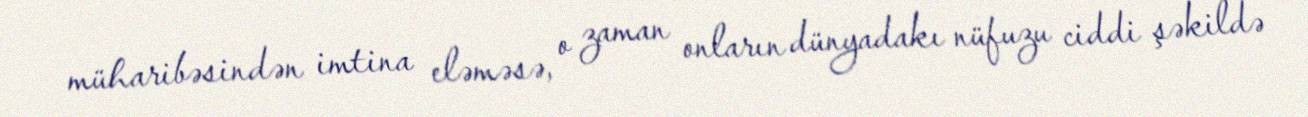
müharibəsindən imtina eləməsə, o zaman onların dünyadakı nüfuzu ciddi şəkildə